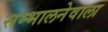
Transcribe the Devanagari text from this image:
सम्भालनेवाला